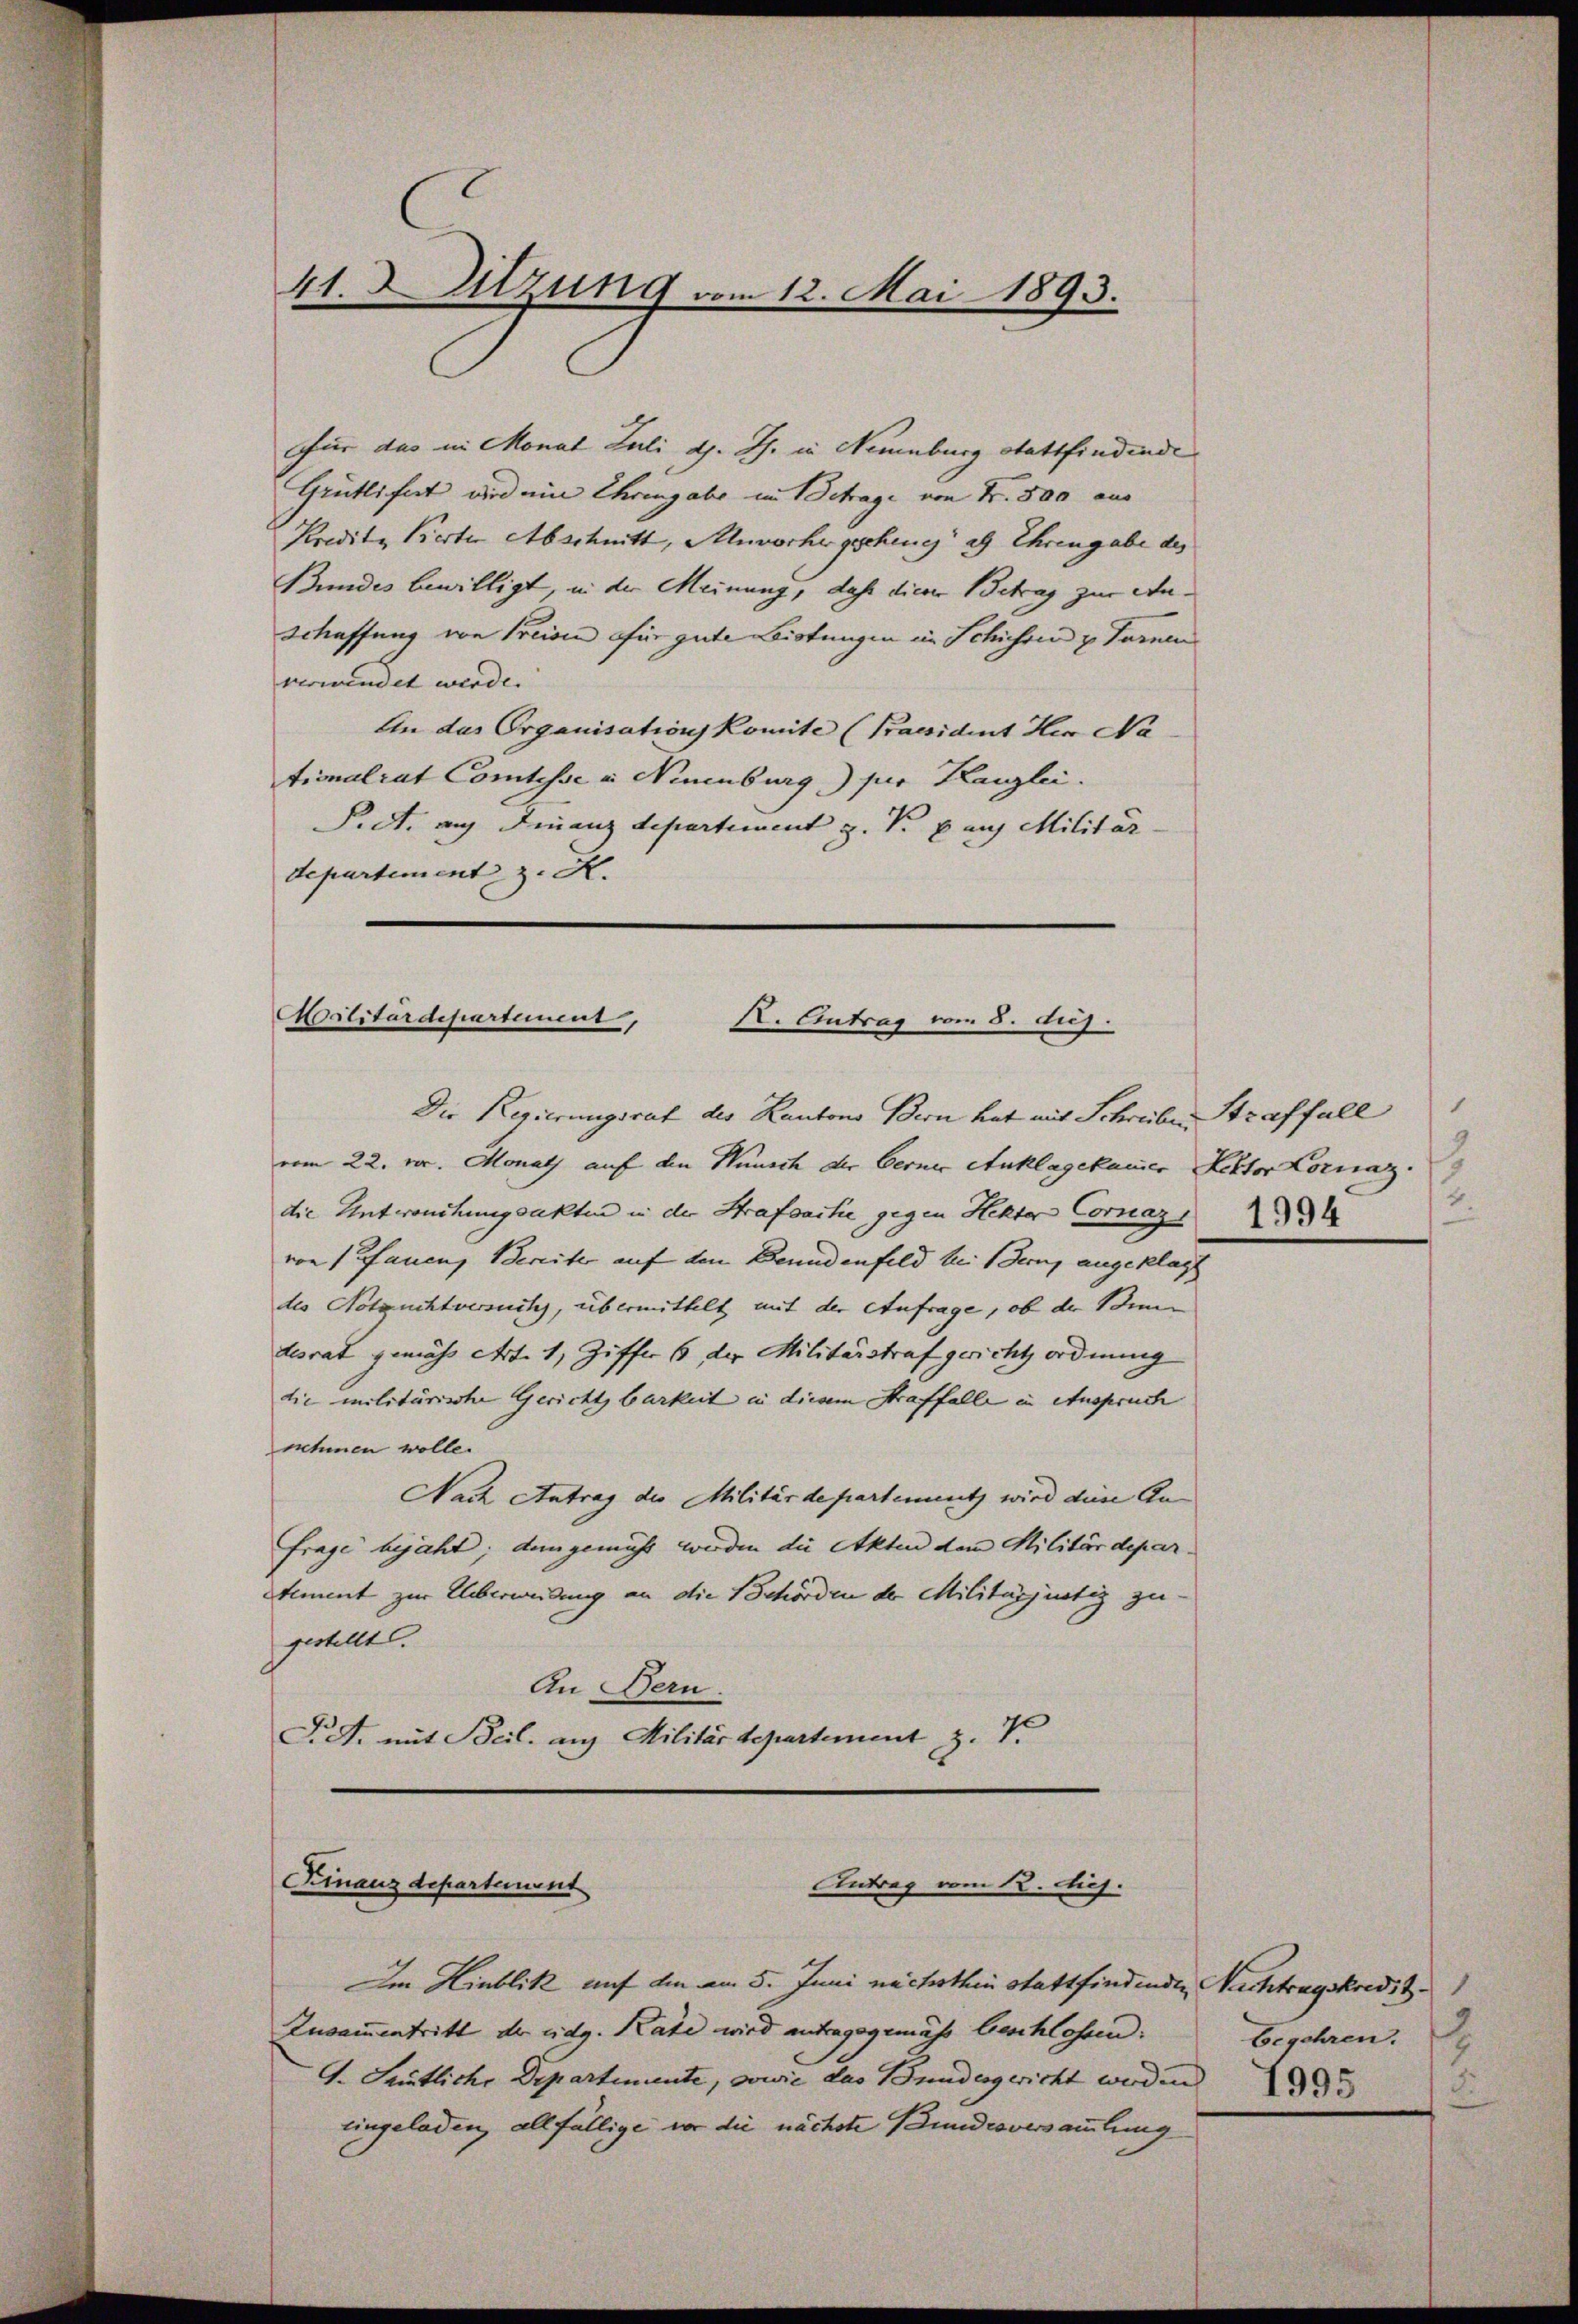
4t. Sitzung vom 12. Mai 1893.

Für das in Monat Juli d. Js. in Neuenburg stattfindende
Grütlifert wird ein Ehrengabe im Betrage von Fr. 500 aus
Kredite Kerter Abschnitt, Muvorher gesching 29 Ehrengabe des
Bundes bewilligt, in der Meinung, daß dieser Betrag zur An¬
Schaffung von Preisen für gute Bistungen in Schiehen u Farnen
verwindet werde.
An das Organisation Komite (Praesident Her Na
tionalrat Comtesse u. Neuenburg) für Kanzlei.
Pct. auf Finanz Separtiment z. B. aus Militär
departement z. H.

Militärdepartement,
K. Antrag vom 8. huj.
Die Regierungsrat des Kantons Bern hat mit Schreibe Straffall

vom 22. v. Monath auf den Wunsch der Berner Anklagekamer Rektor Kornaz.
die Antwortungsakten in der Strafsache gegen Hektor Cornaz
von Pfauen, Bereiter auf den Beundenfeld bei Bern angeklagt
des Notzuchtversuch, übermittelt mit der Anfrage, ob der Bi
desrat gemäss Art. 1, Ziffer 6 der Militärstrafgericht ordnung
die militärische Gerichtsbarkeit in diesem Straffalle in Anspruch
nehmen wolle.
Nach Antrag des Militärdepartement wird diese An
frage bejaht; dangemüht worden die Akten dem Militärdepartimmt zur Ueberweidung an die Behörden der Militärjeutig zugestellt.
An Bern.
F. J. mit Beil. aus Militärdepartement z. T.

Finanzdepartement
Antrag vom 12. diej

Im Hinblik auf die am 5. Juni nächsthin stattfindende Nachtragskredit
Zusammentritt der Eidg. Rate wird antragsgemäß beschlossen: Begehren.
G. Seitliche Departemente, sowie das Bundesgericht werden
Eingeladen, allfällige vor die nächste Bundesversammlung

1
2

2
2
1995